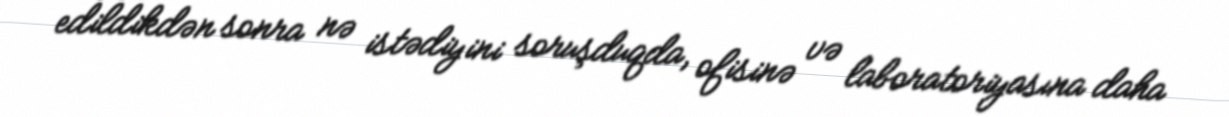
edildikdən sonra nə istədiyini soruşduqda, ofisinə və laboratoriyasına daha